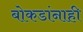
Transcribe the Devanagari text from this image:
बोकडांनाही